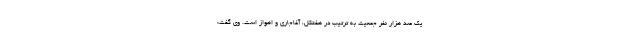
یک صد هزار نفر جمعیت به ترتیب در هفتکل، آغاجاری و اهواز است. وی گفت: